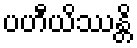
ပဟီယိဿန္တိ